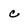
Character: c